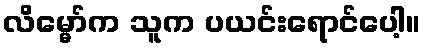
လိမ္မော်က သူက ပယင်းရောင်ပေါ့။